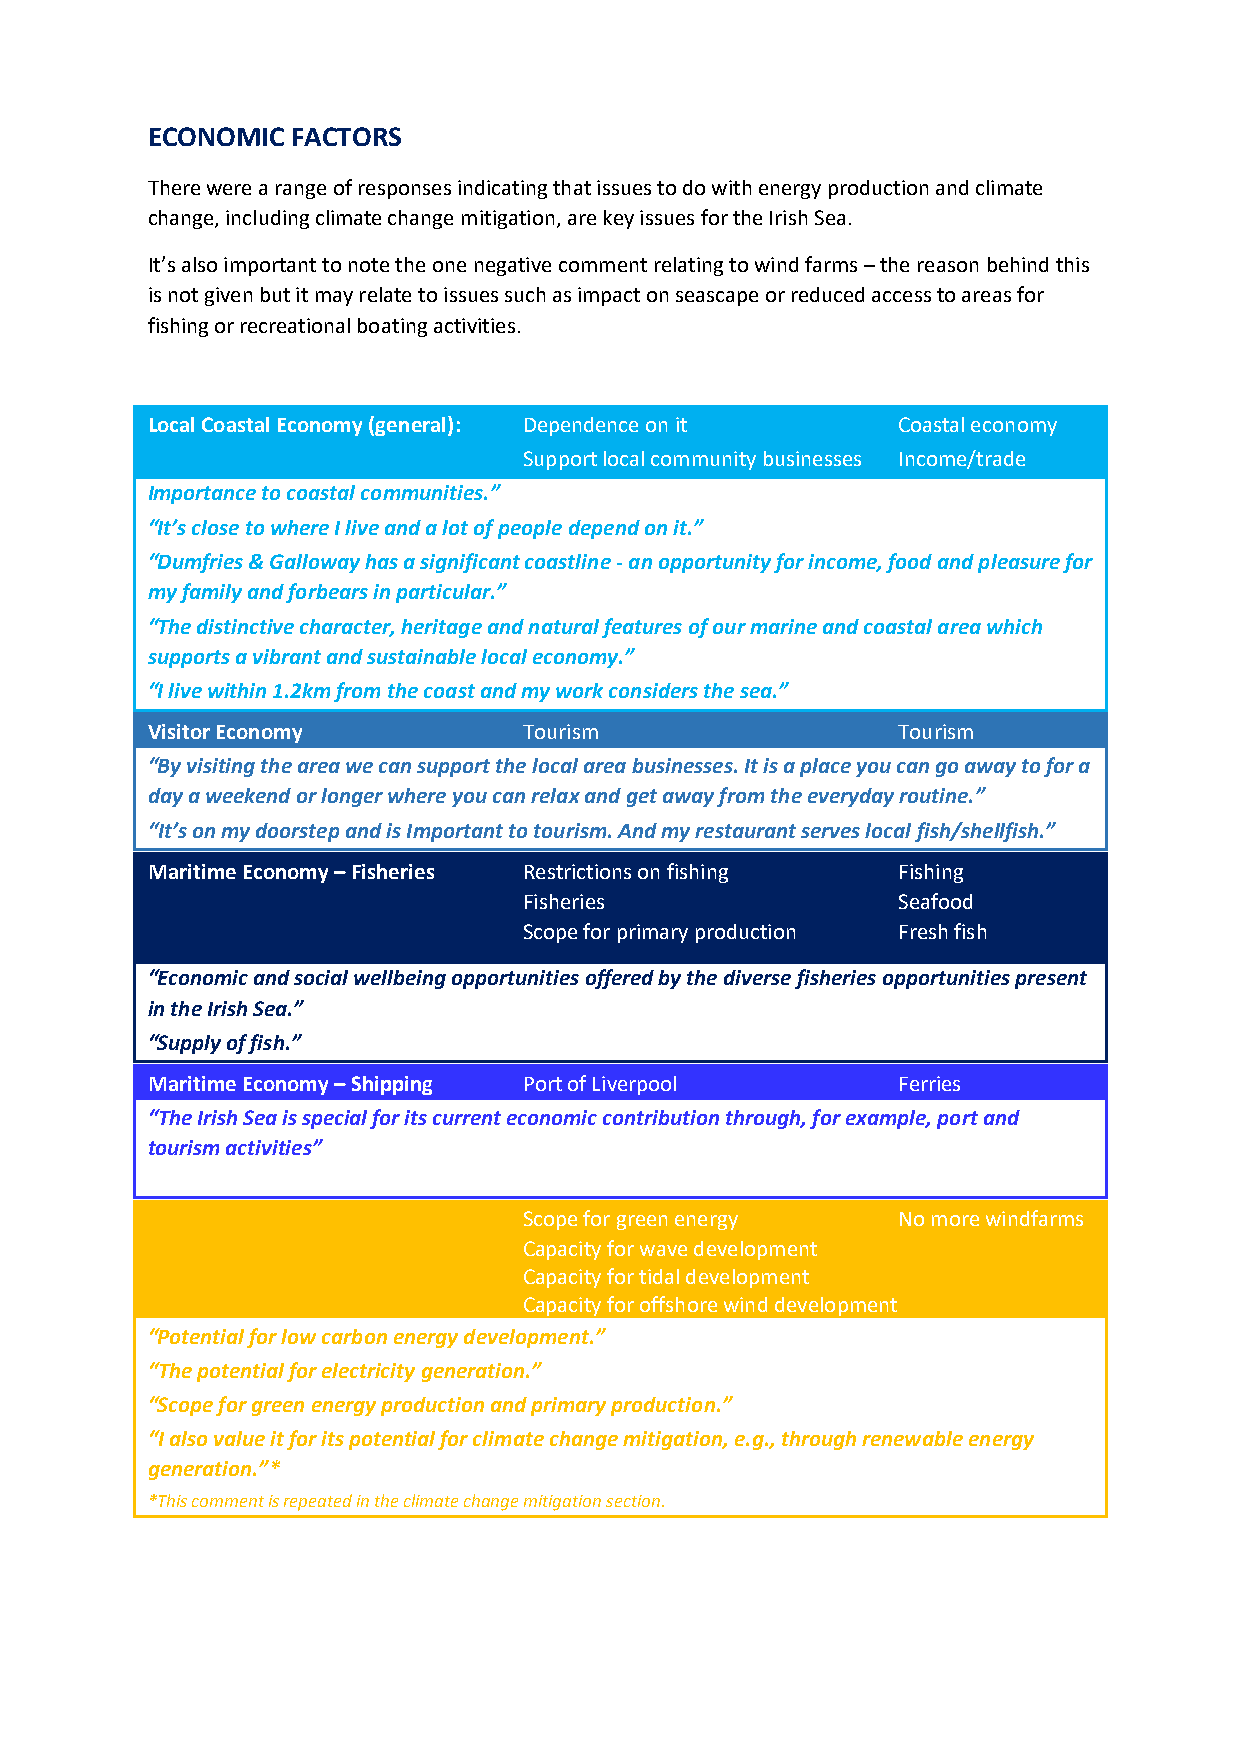
ECONOMIC FACTORS
 There were a range of responses indicating that issues to do with energy production and climate
 change, including climate change mitigation, are key issues for the Irish Sea.
 It’s also important to note the one negative comment relating to wind farms – the reason behind this
 is not given but it may relate to issues such as impact on seascape or reduced access to areas for
 fishing or recreational boating activities.
 Local Coastal Economy (general): Dependence on it Coastal economy
 Support local community businesses Income/trade
 Importance to coastal communities.”
 “It’s close to where I live and a lot of people depend on it.”
 “Dumfries & Galloway has a significant coastline - an opportunity for income, food and pleasure for
 my family and forbears in particular.”
 “The distinctive character, heritage and natural features of our marine and coastal area which
 supports a vibrant and sustainable local economy.”
 “I live within 1.2km from the coast and my work considers the sea.”
 Visitor Economy          Tourism                 Tourism
 “By visiting the area we can support the local area businesses. It is a place you can go away to for a
 day a weekend or longer where you can relax and get away from the everyday routine.”
 “It’s on my doorstep and is Important to tourism. And my restaurant serves local fish/shellfish.”
 Maritime Economy – Fisheries Restrictions on fishing Fishing
 Fisheries               Seafood
 Scope for primary production Fresh fish
 “Economic and social wellbeing opportunities offered by the diverse fisheries opportunities present
 in the Irish Sea.”
 “Supply of fish.”
 Maritime Economy – Shipping Port of Liverpool    Ferries
 “The Irish Sea is special for its current economic contribution through, for example, port and
 tourism activities”gy Generation   Energy
 Wind energy
 Scope for green energy  No more windfarms
 Capacity for wave development
 Capacity for tidal development
 Capacity for offshore wind development
 “Potential for low carbon energy development.”
 “The potential for electricity generation.”
 “Scope for green energy production and primary production.”
 “I also value it for its potential for climate change mitigation, e.g., through renewable energy
 generation.”*
 *This comment is repeated in the climate change mitigation section.